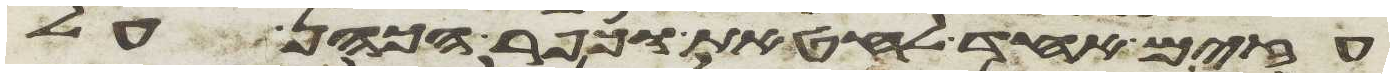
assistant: עזים אחד לחטאת וכפר הכהן על